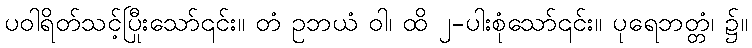
ပဝါရိတ်သင့်ပြီးသော်၎င်း။ တံ ဥဘယံ ဝါ၊ ထို ၂-ပါးစုံသော်၎င်း။ ပုရေဘတ္တံ၊ ၌။